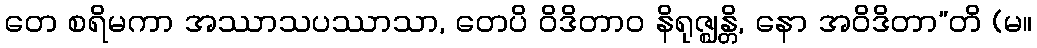
တေ စရိမကာ အဿာသပဿာသာ, တေပိ ဝိဒိတာဝ နိရုဇ္ဈန္တိ, နော အဝိဒိတာ”တိ (မ။